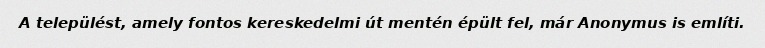
A települést, amely fontos kereskedelmi út mentén épült fel, már Anonymus is említi.